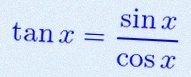
\tan x=\frac{\sin x}{\cos x}